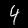
Digit: 4